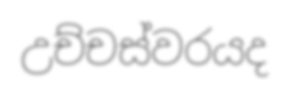
උච්චස්වරයද